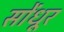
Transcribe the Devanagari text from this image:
सोंधूर